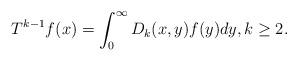
LaTeX: \begin{align*}T^{k-1}f(x) = \int_0^{\infty} D_k(x,y) f(y) dy,k\ge 2.\end{align*}